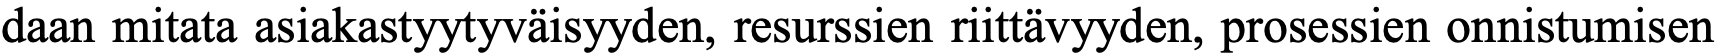
daan mitata asiakastyytyväisyyden, resurssien riittävyyden, prosessien onnistumisen